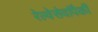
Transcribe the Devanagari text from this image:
रेल्वेसेवांपैकी